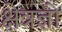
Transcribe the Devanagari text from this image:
क्षेत्रज्ञो